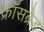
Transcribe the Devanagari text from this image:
क्रॉसब्रेड